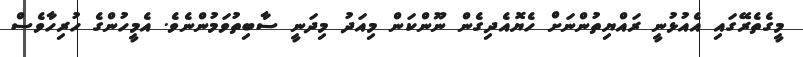
މީގެތެރޭގައި އެއުޅުނީ ރައްޔިތުންނަށް ހެޔޮއެދިގެން ނޫންކަން މިއަދު މިދަނީ ސާބިތުވަމުންނެވެ. އެމީހުންގެ ހުރިހާވެސް